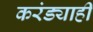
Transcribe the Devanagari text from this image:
करंड्याही